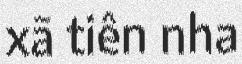
xã tiên nha